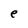
Character: e